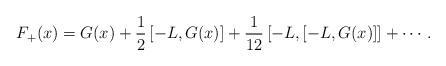
\begin{align*}F_{+}(x) = G(x) +\frac{1}{2} \left[-L,G(x)\right] + \frac{1}{12} \left[-L,\left[-L,G(x)\right] \right] + \cdots.\end{align*}